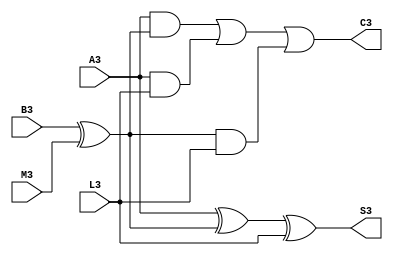
module bloco4 (output wire C3, S3,
							
				  input wire	L3,A3,B3,M3);
				 wire BXM;
assign BXM = B3^M3;				  
assign S3 = (A3^BXM)^L3;		
assign C3 =  (A3 & BXM) | (A3 & L3) | (BXM & L3);
endmodule